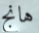
هانج